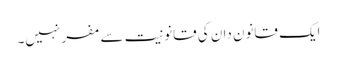
ایک قانون دان کی قانونیت سے مفر نہیں۔